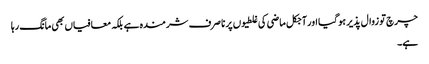
چرچ تو زوال پذیر ہو گیا اور آجکل ماضی کی غلطیوں پر نا صرف شرمندہ ہے بلکہ معافیاں بھی مانگ رہا
ہے۔